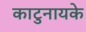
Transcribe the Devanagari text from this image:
काटुनायके